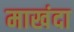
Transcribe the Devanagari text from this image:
माखंदा